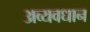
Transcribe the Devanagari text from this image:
अव्यवधान